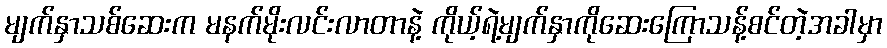
မျက်နှာသစ်ဆေးက မနက်မိုးလင်းလာတာနဲ့ ကိုယ့်ရဲ့မျက်နှာကိုဆေးကြောသန့်စင်တဲ့အခါမှာ